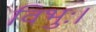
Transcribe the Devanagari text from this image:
विभुः।